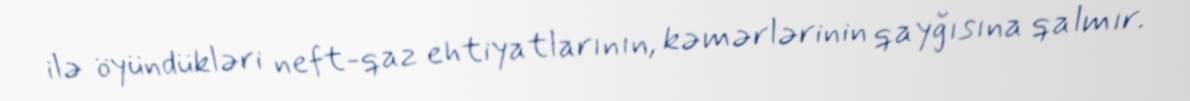
ilə öyündükləri neft-qaz ehtiyatlarının, kəmərlərinin qayğısına qalmır.